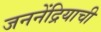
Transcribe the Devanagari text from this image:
जननेंद्रियाची